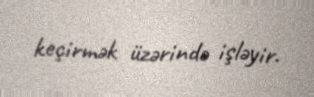
keçirmək üzərində işləyir.